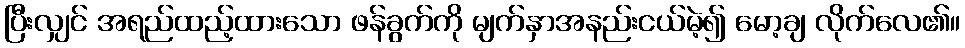
ပြီးလျှင် အရည်ထည့်ထားသော ဖန်ခွက်ကို မျက်နှာအနည်းငယ်မဲ့၍ မော့ချ လိုက်လေ၏။